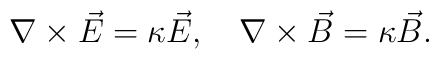
\nabla\times\vec{E} =\kappa\vec{E} , \quad \nabla\times\vec{B} = \kappa\vec{B} .